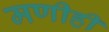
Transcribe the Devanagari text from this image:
मणीही